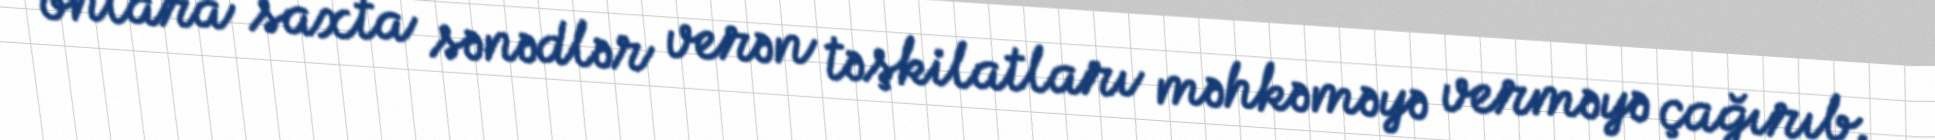
onlara saxta sənədlər verən təşkilatları məhkəməyə verməyə çağırıb.